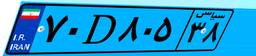
۱۰D۷۴۶۴۷